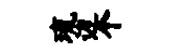
琉边个